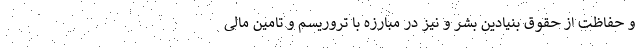
و حفاظت از حقوق بنیادین بشر و نیز در مبارزه با تروریسم و تامین مالی